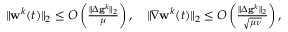
\begin{array} { r } { \| \mathbf { w } ^ { k } ( t ) \| _ { 2 } \leq O \left( \frac { \| \Delta \mathbf { g } ^ { k } \| _ { 2 } } { \mu } \right) , \quad \| \nabla \mathbf { w } ^ { k } ( t ) \| _ { 2 } \leq O \left( \frac { \| \Delta \mathbf { g } ^ { k } \| _ { 2 } } { \sqrt { \mu \nu } } \right) , } \end{array}